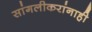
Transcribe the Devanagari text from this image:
सांगलीकरांनाही